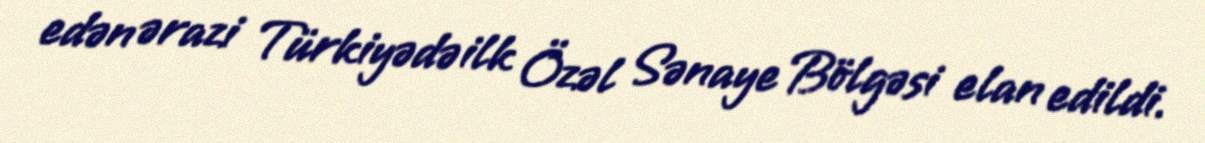
edən ərazi Türkiyədə ilk Özəl Sənaye Bölgəsi elan edildi.